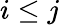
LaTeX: i\leq j